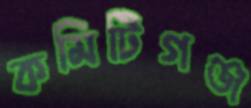
কমিটিগঞ্জ